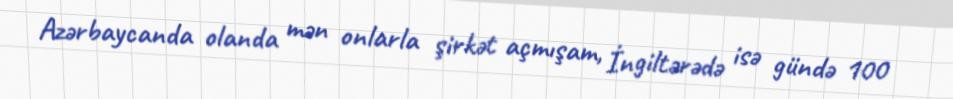
Azərbaycanda olanda mən onlarla şirkət açmışam, İngiltərədə isə gündə 100